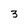
Character: 3